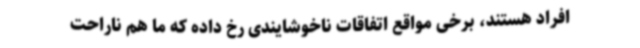
افراد هستند، برخی مواقع اتفاقات ناخوشایندی رخ داده که ما هم ناراحت